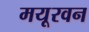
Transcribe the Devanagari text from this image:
मयूरवन